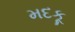
મદકૂ